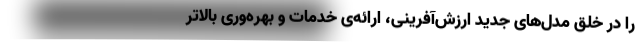
را در خلق مدل‌های جدید ارزش‌آفرینی، ارائه‌ی خدمات و بهره‌وری بالاتر